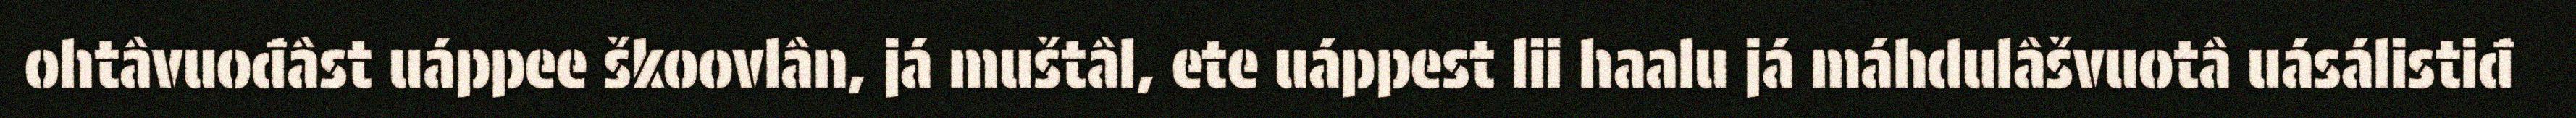
ohtâvuođâst uáppee škoovlân, já muštâl, ete uáppest lii haalu já máhdulâšvuotâ uásálistiđ